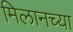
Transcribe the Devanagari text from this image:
मिलानच्या